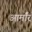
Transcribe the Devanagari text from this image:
आर्माॅर